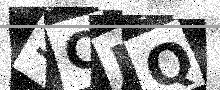
Text: 3CNQ